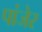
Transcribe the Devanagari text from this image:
पांजेर